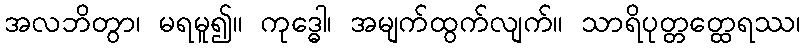
အလဘိတွာ၊ မရမူ၍။ ကုဒ္ဓေါ၊ အမျက်ထွက်လျက်။ သာရိပုတ္တတ္ထေရဿ၊